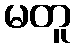
မတူ